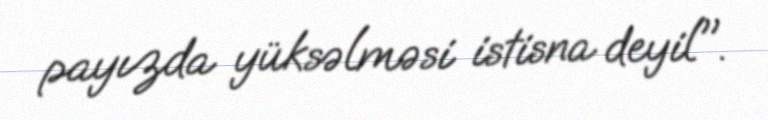
payızda yüksəlməsi istisna deyil".